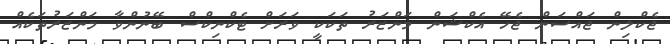
ޖެކްލިން ޖައްސަން ޖެހޭ އެކްޝަން މަންޒަރު ތަކަކީ ވަރަށް ޓެކްނިކްސް ބޭނުންވާ މަންޒަރުތަކެއް